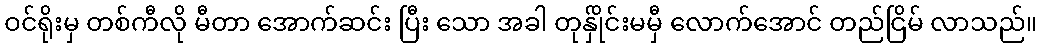
ဝင်ရိုးမှ တစ်ကီလို မီတာ အောက်ဆင်း ပြီး သော အခါ တုန်ှိုင်းမမှီ လောက်အောင် တည်ငြိမ် လာသည်။